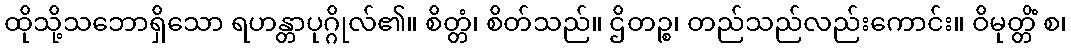
ထိုသို့သဘောရှိသော ရဟန္တာပုဂ္ဂိုလ်၏။ စိတ္တံ၊ စိတ်သည်။ ဌိတဉ္စ၊ တည်သည်လည်းကောင်း။ ဝိမုတ္တိံ စ၊